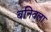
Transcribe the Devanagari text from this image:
बनिवला